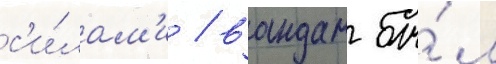
с'и́лам'и / вандам бы́л